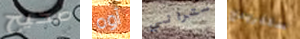
صحيح أوه ستراني سلفريدج